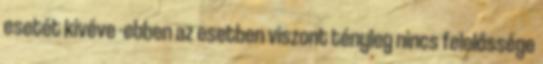
esetét kivéve -ebben az esetben viszont tényleg nincs felelőssége